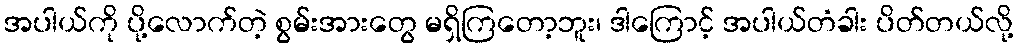
အပါယ်ကို ပို့လောက်တဲ့ စွမ်းအားတွေ မရှိကြတော့ဘူး၊ ဒါကြောင့် အပါယ်တံခါး ပိတ်တယ်လို့